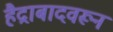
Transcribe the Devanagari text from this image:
हैद्राबादवरून